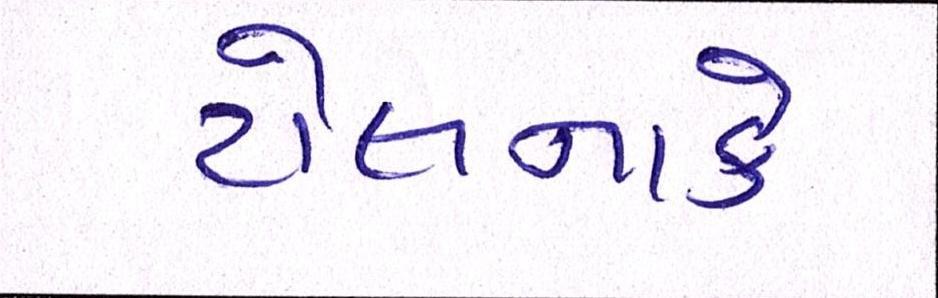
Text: ટોલનાકે